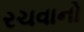
રચવાનો